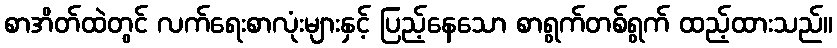
စာအိတ်ထဲတွင် လက်ရေးစာလုံးများနှင့် ပြည့်နေသော စာရွက်တစ်ရွက် ထည့်ထားသည်။